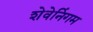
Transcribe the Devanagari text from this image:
शेवेनिंगम